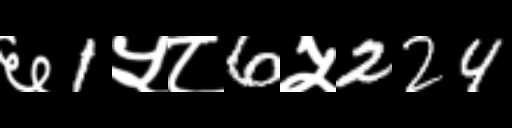
Text: ६1५८6५224